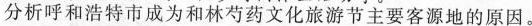
分析呼和浩特市成为和林芍药文化旅游节主要客源地的原因。